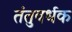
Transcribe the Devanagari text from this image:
तंतुवर्धक